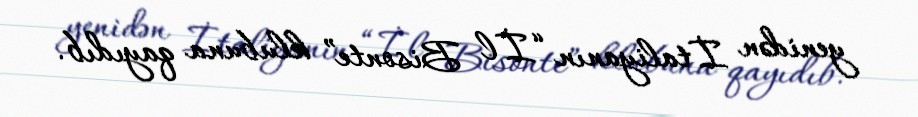
yenidən İtaliyanın “İl Bisonte” klubuna qayıdıb.